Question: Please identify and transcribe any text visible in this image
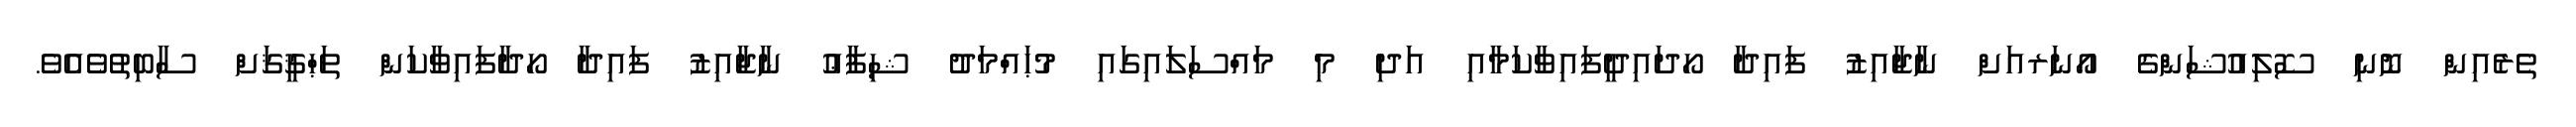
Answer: ތެރެއިން ނޮނި ސޮލިއުޝަންގެ އޯނަރއަށް ނާޖާއިޒު ފައިދާ ހޯދައިދީފައިވާކަމާއި އަދި މި މައްސަލައިގައި މުޙައްމަދު ޝިފާޢު ނާޖާއިޒު ފައިދާ ހޯދާފައިވާކަން ތަޙްޤީޤަށް ސާބިތުވެއެވެ.